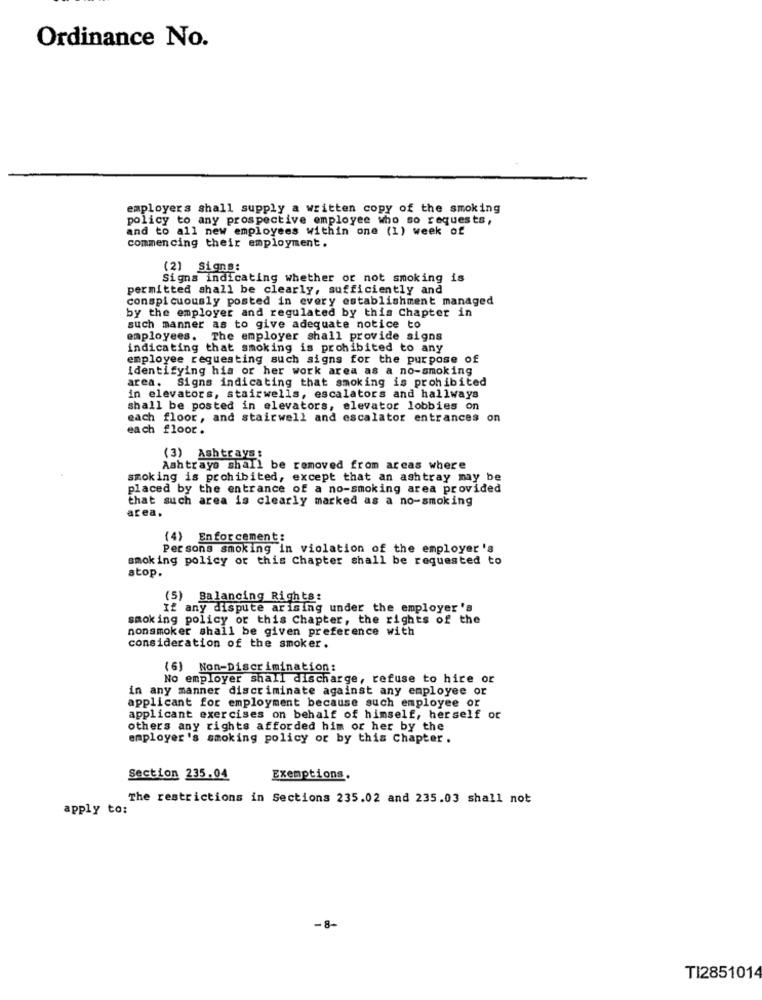
Ordinance No.
employers shall supply a written copy of the smoking
policy to any prospective employee who so requests,
and to all new employees within one (1) week of
commencing their employment.
(2) Signs:
Signs indicating whether or not smoking is
permitted shall be clearly, sufficiently and
conspicuously posted in every establishment managed
by the employer and regulated by this Chapter in
such manner as to give adequate notice to
employees. The employer shall provide signs
indicating that smoking is prohibited to any
employee requesting such signs for the purpose of
identifying his or her work area as a no-smoking
area. Signs indicating that smoking is prohibited
in elevators, stairwells, escalators and hallways
shall be posted in elevators, elevator lobbies on
each floor, and stairwell and escalator entrances on
each floor .
(3) Ashtrays:
Ashtrays shall be removed from areas where
smoking is prohibited, except that an ashtray may be
placed by the entrance of a no-smoking area provided
that such area is clearly marked as a no-smoking
area.
(4) Enforcement:
Persons smoking in violation of the employer 's
smoking policy or this Chapter shall be requested to
stop.
(5) Balancing Rights:
If any dispute arising under the employer's
smoking policy or this Chapter, the rights of the
nonsmoker shall be given preference with
consideration of the smoker.
(6) Non-Discrimination:
No employer shall discharge, refuse to hire or
in any manner discriminate against any employee or
applicant for employment because such employee or
applicant exercises on behalf of himself, herself or
others any rights afforded him or her by the
employer's smoking policy or by this Chapter .
Section 235.04
Exemptions.
The restrictions in Sections 235.02 and 235.03 shall not
apply to:
-8-
TI2851014